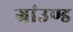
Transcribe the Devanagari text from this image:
ग्रांउण्ड